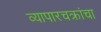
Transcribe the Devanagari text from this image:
व्यापारचक्रांचा